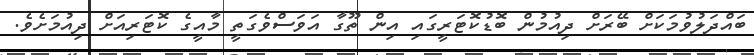
ބައްދަލުވުމަކަށް ބޭރަށް ދިއުމުން ބޮޑުކޮޓަރީގައި އިން ތޫގާ އަވަސްވެގަތީ މާއީގެ ކޮޓަރިއަށް ދިއުމަށެވެ.